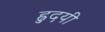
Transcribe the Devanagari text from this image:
ह्रुदयी